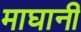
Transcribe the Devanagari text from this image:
माघानी